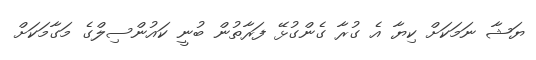
ޔަޝާ ނަމަކަށް ކިޔާ އެ ގުރާ ގެންގުޅޭ ފަރާތުން ބުނީ ކައުންސިލްގެ މަގާމަކަށް